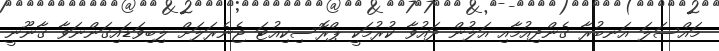
މައްސަލަ އަނބުރާ ގެންދިއުމާއި އަލުން ދައުވާ ކުރުމަކީ ޕްރޮސިކިއުޓަ ޖެނެރަލަށް ލިބިވަޑައިގަންނަވާ ގާނޫނީ